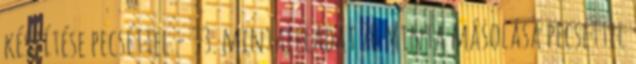
készítése pecséttel - 33. mintafeladat 70 Minta másolása pecséttel